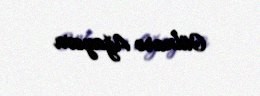
Gülnarə Ağayeva